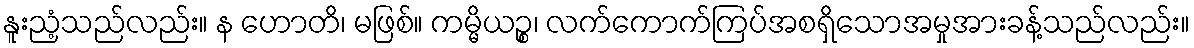
နူးညံ့သည်လည်း။ န ဟောတိ၊ မဖြစ်။ ကမ္မိယဉ္စ၊ လက်ကောက်ကြပ်အစရှိသောအမှုအားခန့်သည်လည်း။